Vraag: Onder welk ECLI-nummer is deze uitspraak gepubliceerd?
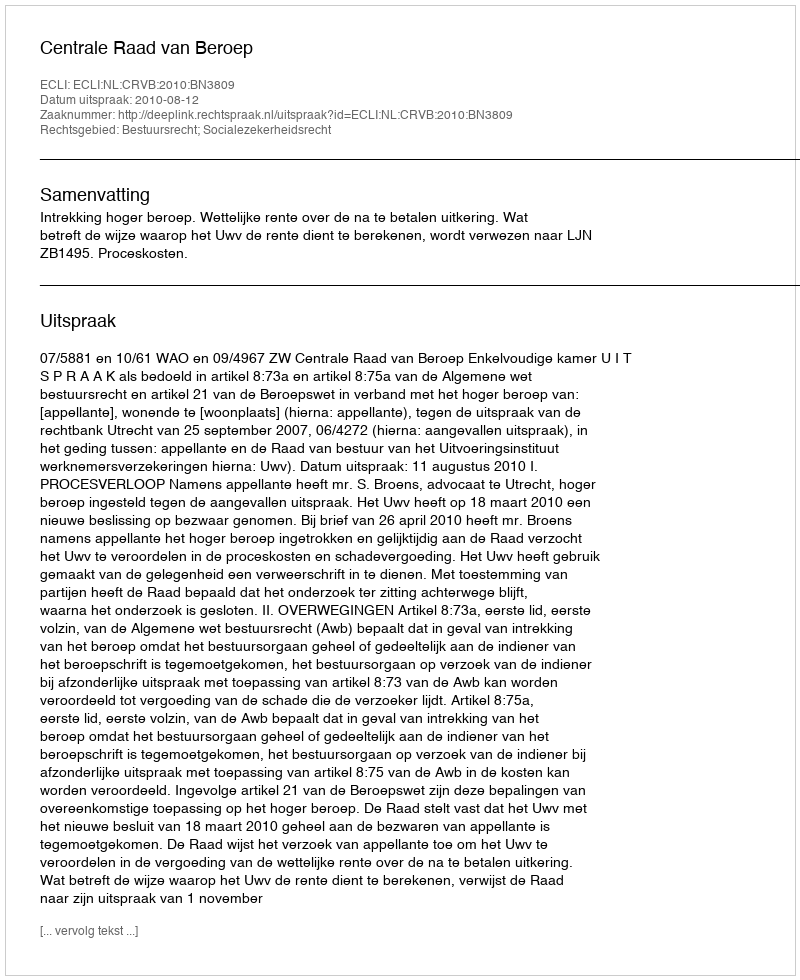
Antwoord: ECLI:NL:CRVB:2010:BN3809